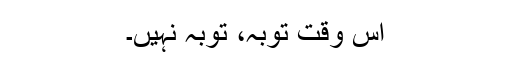
اس وقت توبہ، توبہ نہیں۔